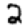
Digit: 2